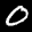
Label: 0